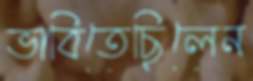
ভাবিতেছিলেন